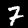
Label: 7